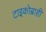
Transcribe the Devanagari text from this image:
टाइकोब्राही